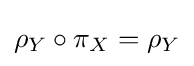
\rho _{Y}\circ \pi _{X}=\rho _{Y}